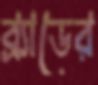
ব্র্যাডের